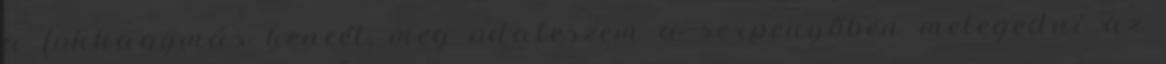
a fokhagymás kencét, meg odateszem a serpenyőben melegedni az